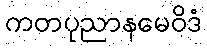
ကတပုညာနမေဝိဒံ